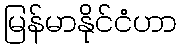
မြန်မာနိုင်ငံဟာ